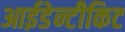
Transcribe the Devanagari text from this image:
आईडेन्टीकिट